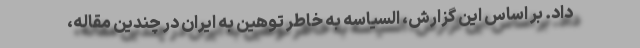
داد. بر اساس این گزارش، السیاسه به خاطر توهین به ایران در چندین مقاله،